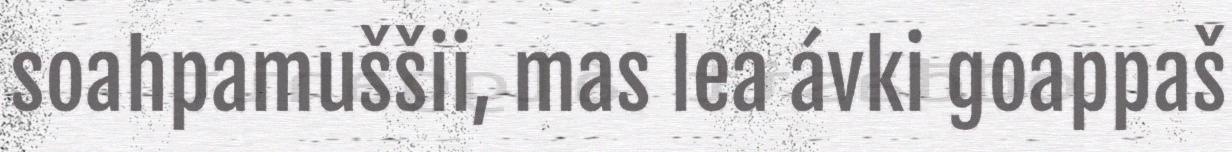
soahpamuššii, mas lea ávki goappaš